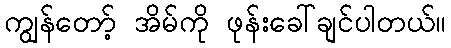
ကျွန်တော့် အိမ်ကို ဖုန်းခေါ်ချင်ပါတယ်။